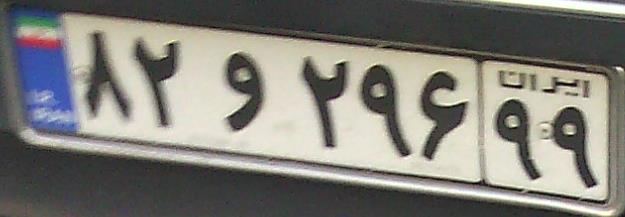
۸۲و۲۹۶۹۹